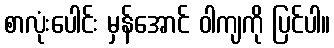
စာလုံးပေါင်း မှန်အောင် ဝါကျကို ပြင်ပါ။